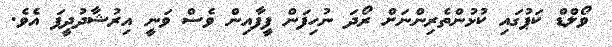
ވޯލްޑް ކަޕުގައި ކުޅުންތެރިންނަށް ރޯދަ ނުހިފަން ފީފާއިން ވެސް ވަނީ އިރުޝާދުދީފަ އެވެ.